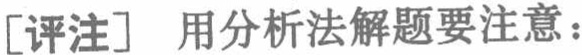
[评注] 用分析法解题要注意：